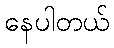
နေပါတယ်